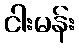
ငါးမန်း